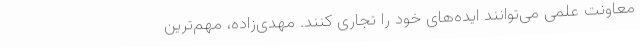
معاونت علمی می‌توانند ایده‌های خود را تجاری کنند. مهدی‌زاده، مهم‌ترین